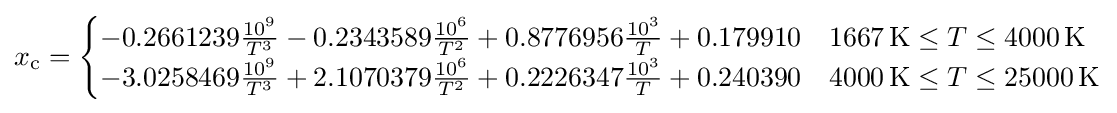
x_{\text{c}}={\begin{cases}-0.2661239{\frac {10^{9}}{T^{3}}}-0.2343589{\frac {10^{6}}{T^{2}}}+0.8776956{\frac {10^{3}}{T}}+0.179910&1667\,{\text{K}}\leq T\leq 4000\,{\text{K}}\\-3.0258469{\frac {10^{9}}{T^{3}}}+2.1070379{\frac {10^{6}}{T^{2}}}+0.2226347{\frac {10^{3}}{T}}+0.240390&4000\,{\text{K}}\leq T\leq 25000\,{\text{K}}\end{cases}}